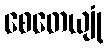
စေတေယျုံ